Juuru_vallavalitsus, lk 15
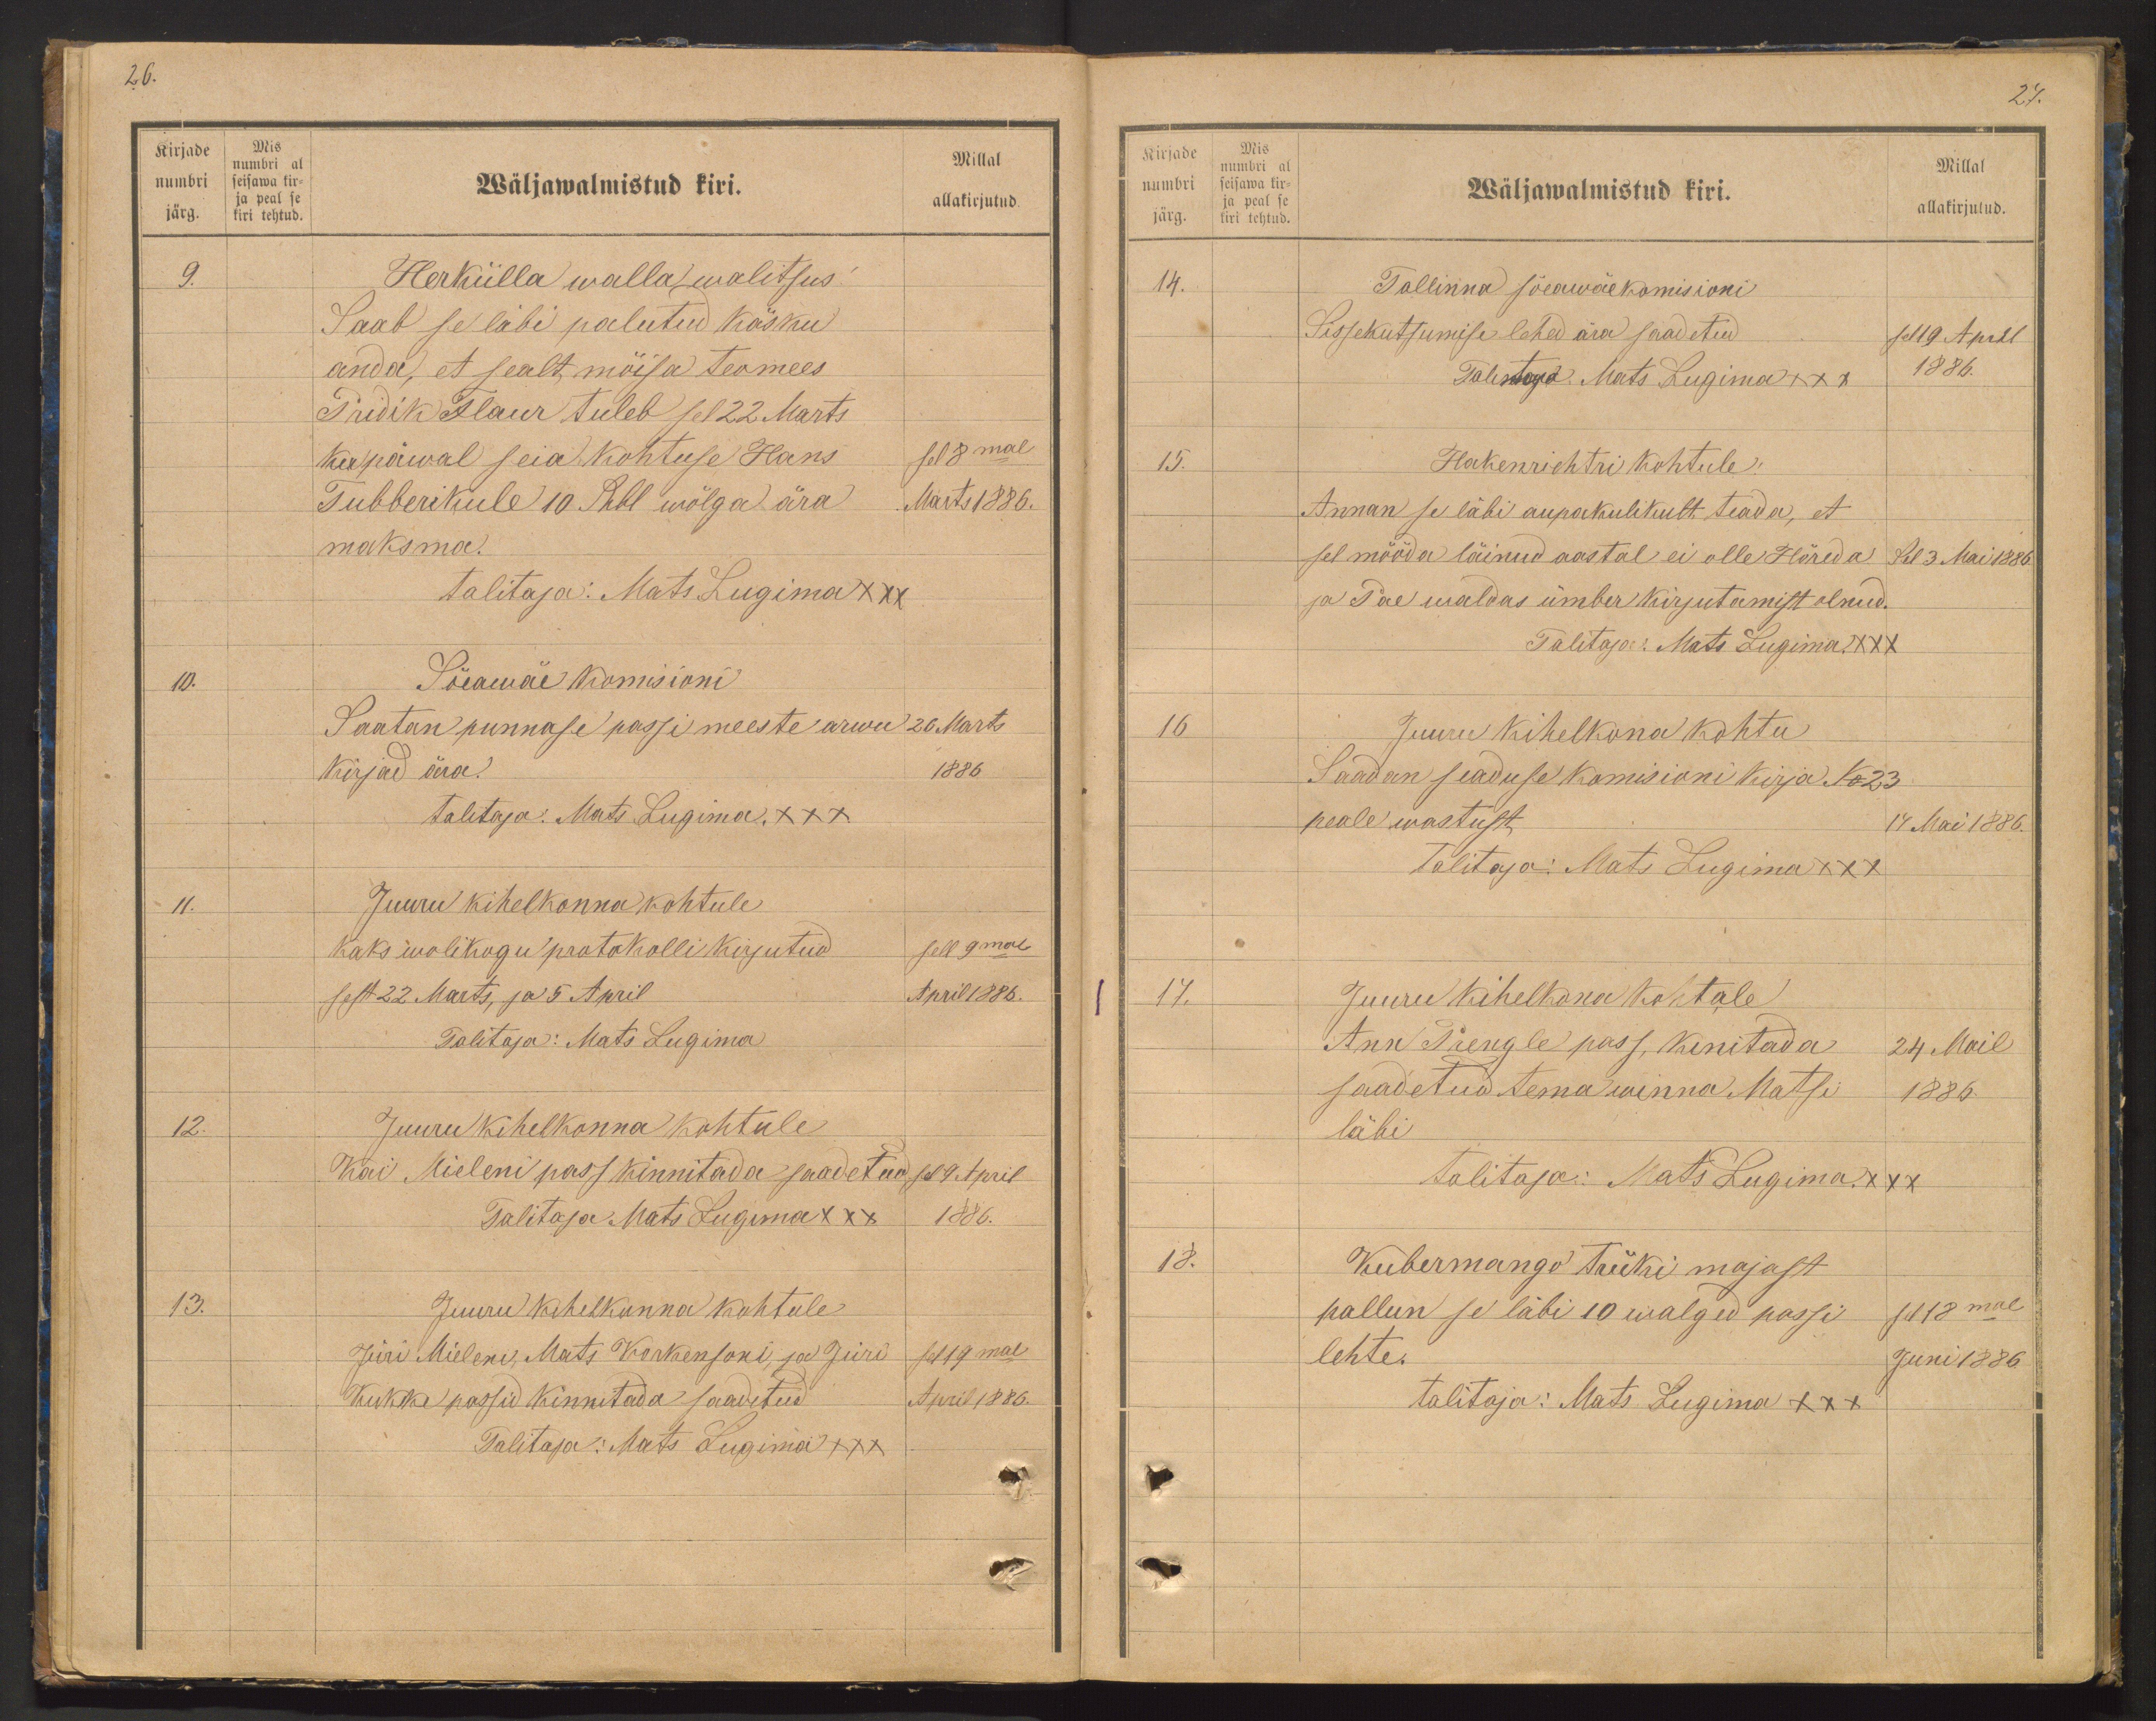
Kirjade
numbri
järg.
Mis
numbri al
seisawa kir-
ja peal se
kiri tehtud.

26.
Wäljawalmistud kiri.
Millal
allakirjutud
9.
Herkülla walla walitsus!
Saab se läbi palutud käsku
anda, et sealt mõisa teomees
Pridik Tlaur tuleb sel 22 Marts.
Ku päwal seia kohtuse Hans
sel 8mal
Tubberikule 10 Rubl wõlga ära
Märts 1886.
maksma.
talitaja: Mats Lugima XXX
10.
Sõeamäe komisioni
Saatan punnase passi meeste arwu 26 Marts
Kirjad ära.
1886
talitaja. Mats Lugima XXX
11.
Juuru kihelkonna kohtule
kaks wolikogu protokolli kirjutud
sell 9mal
sest 22 Marts, ja 5 April
April 1886.
Talitaja: Mats Lugima
12.
Juuru kihelkonna kohtule
Kui Mieleni pass kinnitada saadetud
sel 9 April
Talitaja Mats Lugima XXX
1886.
13.
Juuru kihelkonna kohtule
Jüri Mieleni, Mats Korkensoni, ja Jüri
selt 19mal
Kukke passid kinnitada saadetud
April 1886.
Talitaja: Mats Lugima XXX

Kirjade
numbri
järg.
Mis
numbri al
seisawa kir-
ja peal se
kiri tehtud.

27.
Millal
Wäljawalmistud kiri.
allakirjutud.
14.
Tallinna sõeawäekomisioni
Sissekutsumise lehed ära saadetud
sel 19 April
Talestoga. Mats Lugima XXX
1886.
15.
Hakenrichtri kohtule!
Annan se läbi aupakulikult teada, et
sel mööda läinud aastal ei olle Hõreda
Sel 3 Mai 1886
ja Pae waldas ümber kirjutamist olnud.
Talitaja: Mats Lugima XXX
16
Juuru kihelkona kohtu
Saadan seaduse Komisioni kirja No 23
peale wastust
14 Mai 1886.
Talitaja: Mats Lugima XXX
17.
Juuru kihelkona kohtule
Ann Prengle pass, kinitada
24 Mail
saadetud tema winna Matsi
1886.
läbi
talitaja: Mats Lugima XXX
18.
Kubermango Trüki majast
pallun se läbi 10 walged passi
sel 18mal
lehte.
Juni 1886.
talitaja: Mats Lugima XXX